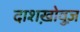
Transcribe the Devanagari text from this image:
दाशख़ोवुज़